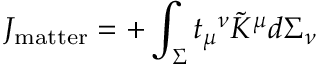
J _ { \mathrm { m a t t e r } } = + \int _ { \Sigma } t _ { \mu } { } ^ { \nu } \tilde { K } ^ { \mu } d \Sigma _ { \nu }